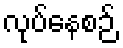
လုပ်နေစဉ်